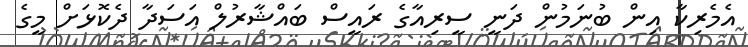
އެމެރިކާ އިން ބުނަމުން ދަނީ ސީރިއާގެ ރައީސް ބައްޝާރުލް އަސަދާ ދެކޮޅަށް މީގެ